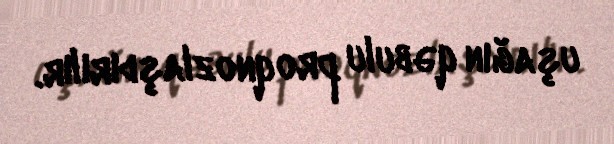
uşağın qəbulu proqnozlaşdırılır.